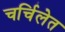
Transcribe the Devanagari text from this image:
चर्चिलेत